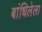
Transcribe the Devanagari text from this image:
बांधिलेला